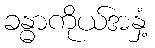
ခန္ဓာကိုယ်အနှံ့